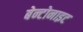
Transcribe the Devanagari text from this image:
बेन्टोनाइट